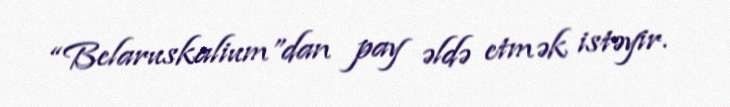
“Belaruskalium”dan pay əldə etmək istəyir.